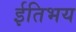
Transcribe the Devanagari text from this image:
ईतिभय